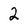
Character: 2